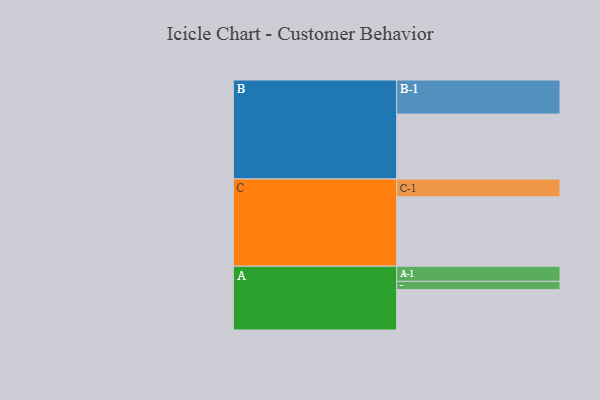
{"axis": {"x": "Segment", "y": "Value"}, "legend": ["", "A", "B", "C"], "data": [{"x": "A", "y": 312, "type": ""}, {"x": "B", "y": 502, "type": ""}, {"x": "C", "y": 536, "type": ""}, {"x": "A-1", "y": 117, "type": "A"}, {"x": "A-2", "y": 64, "type": "A"}, {"x": "B-1", "y": 263, "type": "B"}, {"x": "C-1", "y": 138, "type": "C"}]}